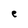
Character: e